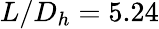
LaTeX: L/D_{h}=5.24